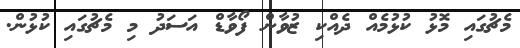
މެޗުގައި މޮޅު ކުޅުމެއް ދެއްކި ޒުވާން ފޯވާޑް އަސަދު މި މެޗުގައި ކުޅުން.